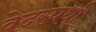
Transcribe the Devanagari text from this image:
वेदस्पर्धा